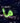
ما